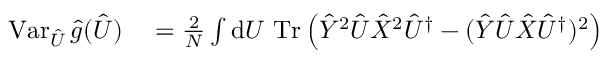
\begin{array} { r l } { \operatorname { V a r } _ { \hat { U } } \hat { g } ( \hat { U } ) } & { { } \textstyle \stackrel { } { = } \frac { 2 } { N } \int \mathrm { d } U \, \operatorname { T r } \left( \hat { Y } ^ { 2 } \hat { U } \hat { X } ^ { 2 } \hat { U } ^ { \dag } - ( \hat { Y } \hat { U } \hat { X } \hat { U } ^ { \dag } ) ^ { 2 } \right) } \end{array}